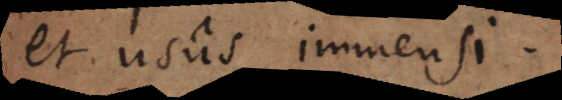
et usus immensi.